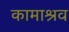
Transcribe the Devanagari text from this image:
कामाश्रव